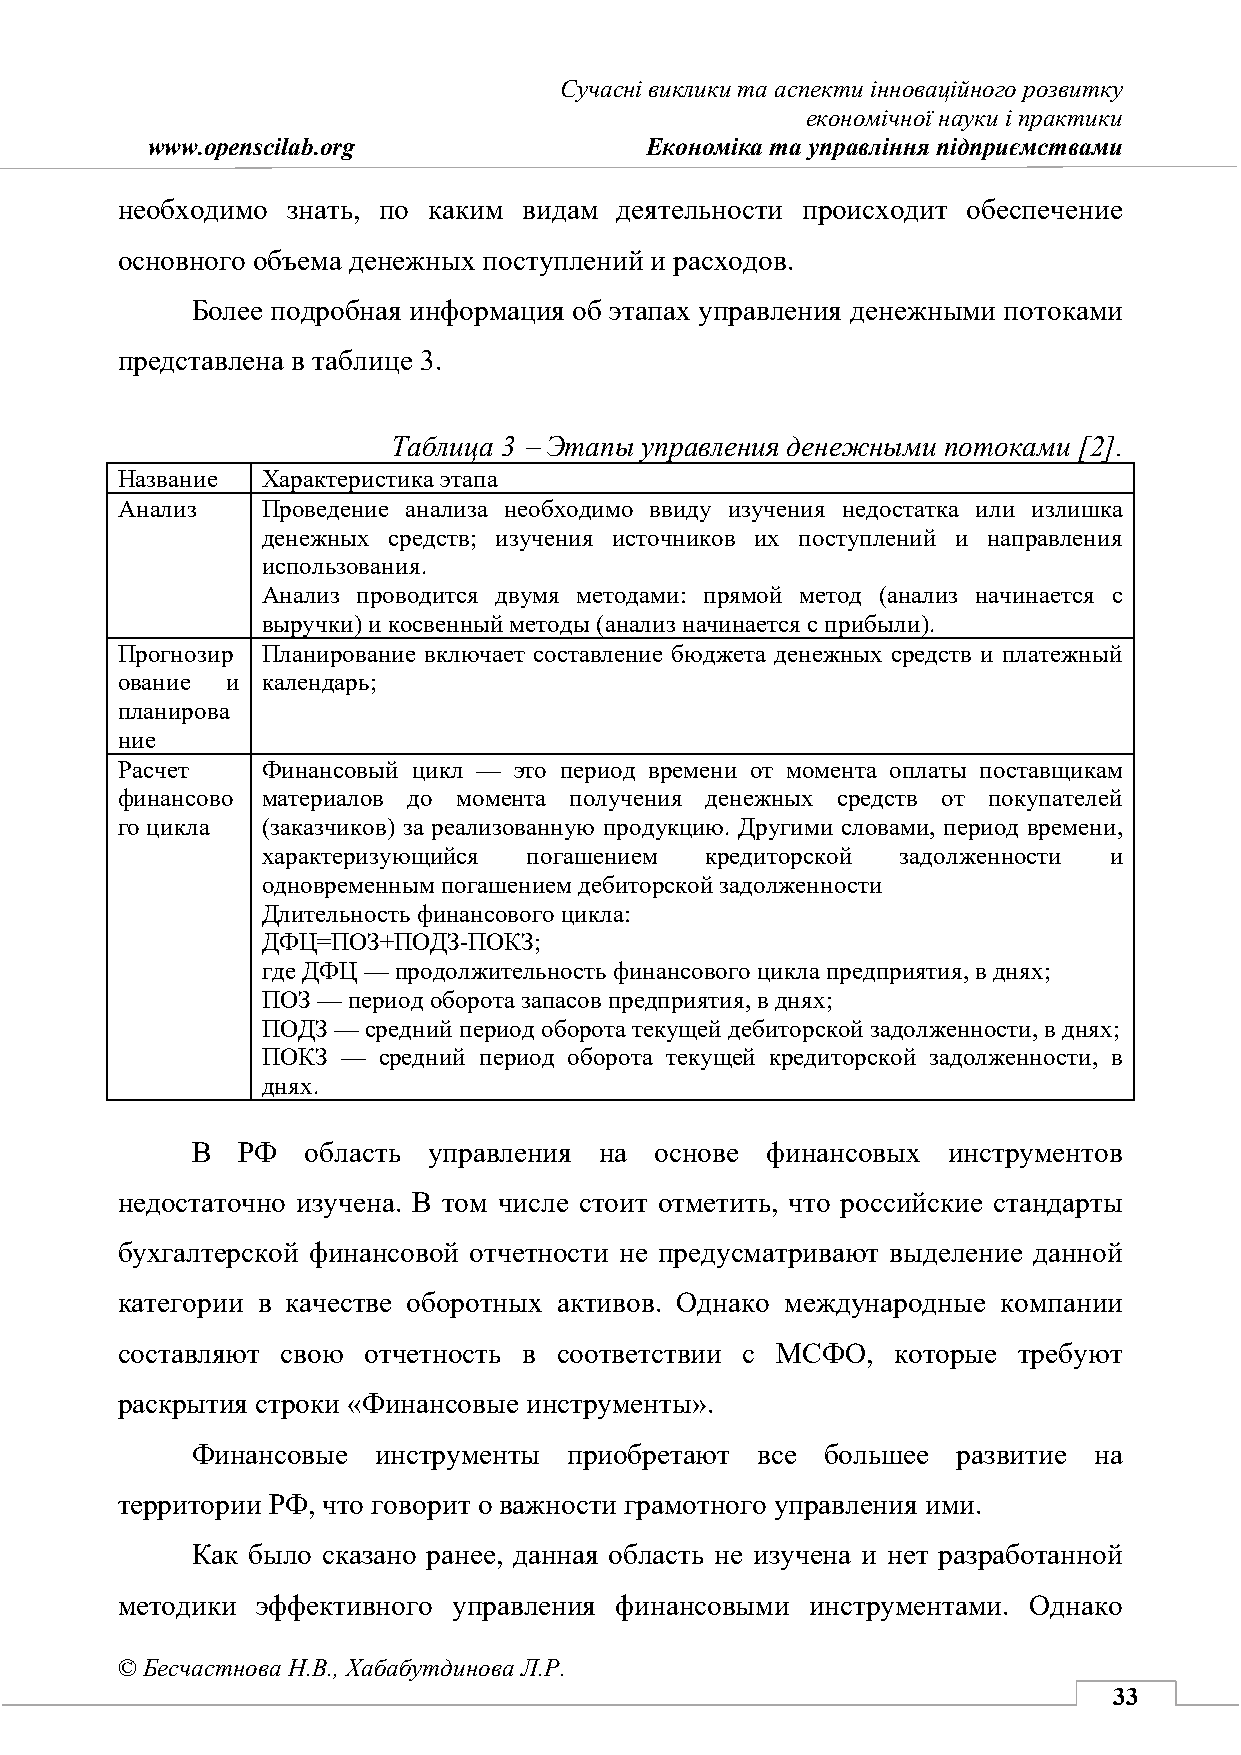
Сучасні виклики та аспекти інноваційного розвитку
 економічної науки і практики
 www.openscilab.org               Економіка та управління підприємствами
 необходимо знать, по каким видам деятельности происходит обеспечение
 основного объема денежных поступлений и расходов.
 Более подробная информация об этапах управления денежными потоками
 представлена в таблице 3.
 Таблица 3 − Этапы управления денежными потоками [2].
 Название Характеристика этапа
 Анализ   Проведение анализа необходимо ввиду изучения недостатка или излишка
 денежных средств; изучения источников их поступлений и направления
 использования.
 Анализ проводится двумя методами: прямой метод (анализ начинается с
 выручки) и косвенный методы (анализ начинается с прибыли).
 Прогнозир Планирование включает составление бюджета денежных средств и платежный
 ование и календарь;
 планирова
 ние
 Расчет   Финансовый цикл — это период времени от момента оплаты поставщикам
 финансово материалов до момента получения денежных средств от покупателей
 го цикла (заказчиков) за реализованную продукцию. Другими словами, период времени,
 характеризующийся погашением  кредиторской задолженности и
 одновременным погашением дебиторской задолженности
 Длительность финансового цикла:
 ДФЦ=ПОЗ+ПОДЗ-ПОКЗ;
 где ДФЦ — продолжительность финансового цикла предприятия, в днях;
 ПОЗ — период оборота запасов предприятия, в днях;
 ПОДЗ — средний период оборота текущей дебиторской задолженности, в днях;
 ПОКЗ  — средний период оборота текущей кредиторской задолженности, в
 днях.
 В  РФ  область управления  на основе  финансовых  инструментов
 недостаточно изучена. В том числе стоит отметить, что российские стандарты
 бухгалтерской финансовой отчетности не предусматривают выделение данной
 категории в качестве оборотных активов. Однако международные компании
 составляют свою отчетность в соответствии с МСФО,  которые требуют
 раскрытия строки «Финансовые инструменты».
 Финансовые  инструменты  приобретают все  большее развитие на
 территории РФ, что говорит о важности грамотного управления ими.
 Как было сказано ранее, данная область не изучена и нет разработанной
 методики эффективного управления финансовыми  инструментами. Однако
 © Бесчастнова Н.В., Хабабутдинова Л.Р.
 33